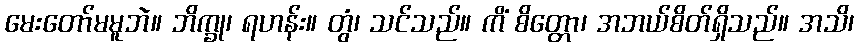
မေးတော်မမူဘဲ။ ဘိက္ခု၊ ရဟန်း။ တွံ၊ သင်သည်။ ကိံ စိတ္တော၊ အဘယ်စိတ်ရှိသည်။ အသိ၊